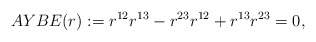
\begin{align*} AYBE(r):= r^{12}r^{13} - r^{23}r^{12} + r^{13}r^{23}=0,\end{align*}